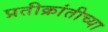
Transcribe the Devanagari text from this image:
प्रतीक्रांतीच्या